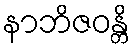
နာဘိဇဝန္တိ